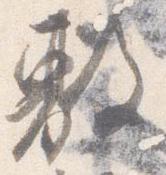
敷